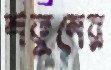
শকুনের